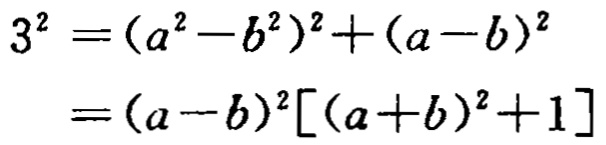
\[

\begin{align*}

3^{2}&=(a^{2}-b^{2})^{2}+(a - b)^{2}\\

&=(a - b)^{2}[(a + b)^{2}+1]

\end{align*}

\]